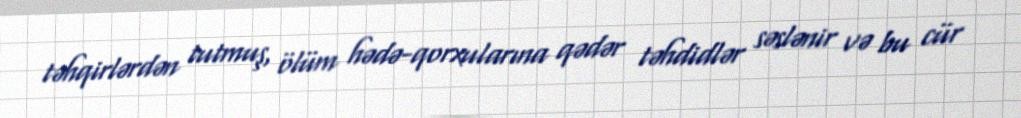
təhqirlərdən tutmuş, ölüm hədə-qorxularına qədər təhdidlər səslənir və bu cür